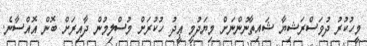
މީހުކުރު ދުވަސްރަޝިޔާ ޝައިތާނުންނަށް މިޔަދުމީ ޢީދު ހުކުރަށް މުސްލިމުން ދާއިރަށް ބޮން އޮއްސާނެ.